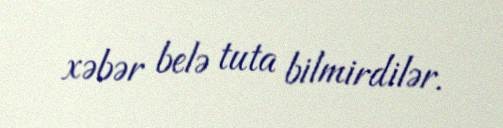
xəbər belə tuta bilmirdilər.